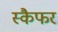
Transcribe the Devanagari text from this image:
स्कैफर